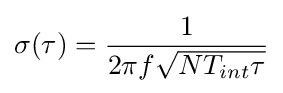
\sigma (\tau )={\frac {1}{2\pi f{\sqrt {NT_{int}\tau }}}}